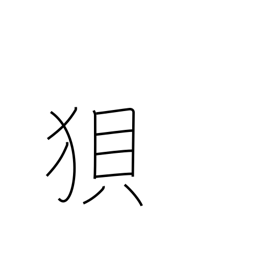
Meaning: wolf